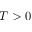
T > 0